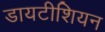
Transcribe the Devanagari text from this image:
डायटीशियन